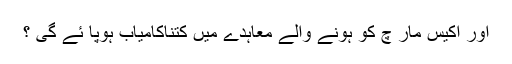
اور اکیس مار چ کو ہونے والے معاہدے میں کتناکامیاب ہوپا ئے گی ؟